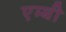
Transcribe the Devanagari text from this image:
एम्बी